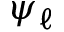
\psi _ { \ell }